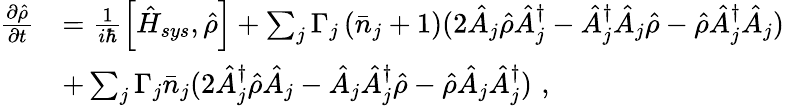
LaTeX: \begin{array}{rl}{{\frac{\partial\hat{\rho}}{\partial t}}}&{=\frac{1}{i\hbar}\left[\hat{H}_{sys},\hat{\rho}\right]+\sum_{j}\Gamma_{j}\left(\bar{n}_{j}+1\right)(2\hat{A}_{j}\hat{\rho}\hat{A}_{j}^{\dagger}-\hat{A}_{j}^{\dagger}\hat{A}_{j}\hat{\rho}-\hat{\rho}\hat{A}_{j}^{\dagger}\hat{A}_{j})\, \, }\\ &{+\sum_{j}\Gamma_{j}\bar{n}_{j}(2\hat{A}_{j}^{\dagger}\hat{\rho}\hat{A}_{j}-\hat{A}_{j}\hat{A}_{j}^{\dagger}\hat{\rho}-\hat{\rho}\hat{A}_{j}\hat{A}_{j}^{\dagger})\, \, ,}\end{array}